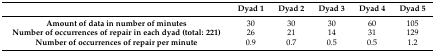
<table><thead><tr><td></td><td><b>Dyad 1</b></td><td><b>Dyad 2</b></td><td><b>Dyad 3</b></td><td><b>Dyad 4</b></td><td><b>Dyad 5</b></td></tr></thead><tbody><tr><td><b>Amount of data in number of minutes</b></td><td>30</td><td>30</td><td>30</td><td>60</td><td>105</td></tr><tr><td><b>Number of occurrences of repair in each dyad (total: 221)</b></td><td>26</td><td>21</td><td>14</td><td>31</td><td>129</td></tr><tr><td><b>Number of occurrences of repair per minute</b></td><td>0.9</td><td>0.7</td><td>0.5</td><td>0.5</td><td>1.2</td></tr></tbody></table>